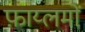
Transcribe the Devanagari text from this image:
फ़ाय्लमों